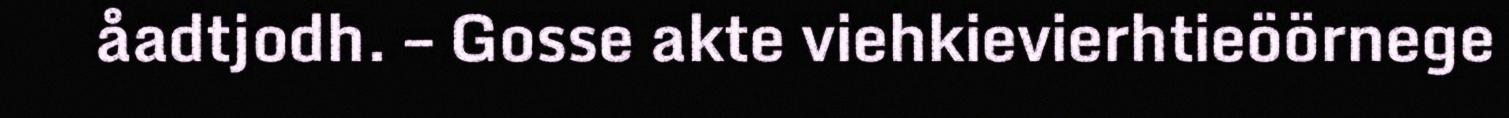
åadtjodh. – Gosse akte viehkievierhtieöörnege